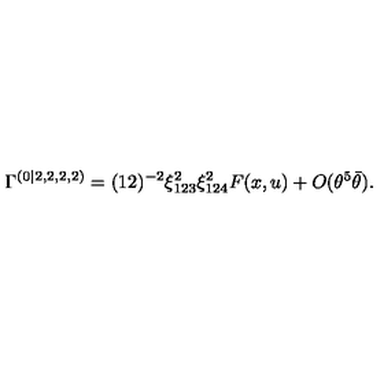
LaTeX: \Gamma ^ { ( 0 | 2 , 2 , 2 , 2 ) } = ( 1 2 ) ^ { - 2 } { \xi _ { 1 2 3 } ^ { 2 } \xi _ { 1 2 4 } ^ { 2 } } F ( x , u ) + O ( \theta ^ { 5 } \bar { \theta } ) .